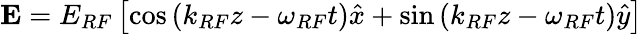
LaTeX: \mathbf{E}=E_{RF}\left[\cos\left(k_{RF}z-\omega_{RF}t\right)\hat{x}+\sin\left(k_{RF}z-\omega_{RF}t\right)\hat{y}\right]